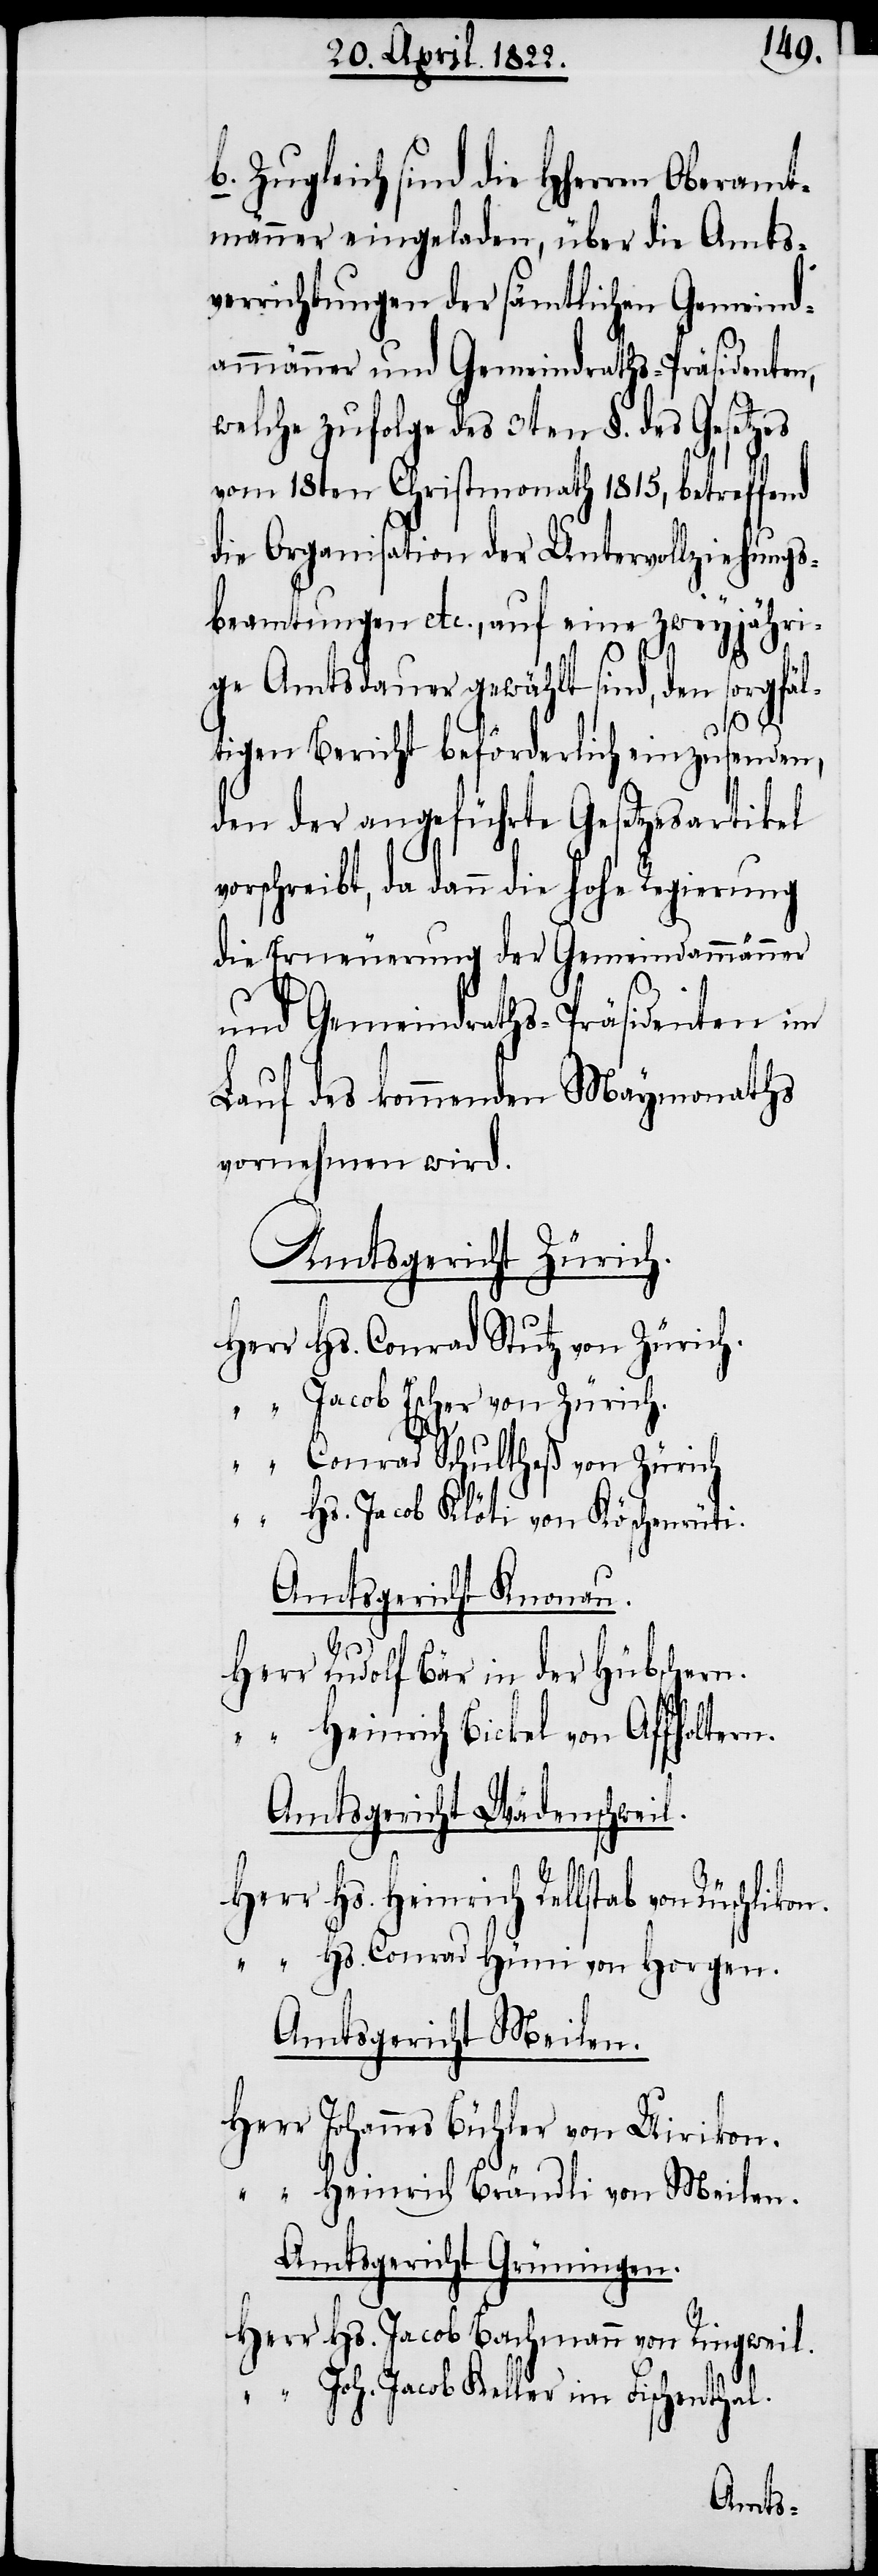
b. Zugleich sind die HHerren Oberamt¬
männer eingeladen, über die Amts¬
verrichtungen der sämtlichen Gemeind¬
ammänner und Gemeindraths-Präsidenten,
welche zufolge des 3ten §. des Gesetzes
vom 18ten Christmonath 1815, betreffend
die Organisation der Untervollziehungs¬
beamtungen etc., auf eine zweyjähri¬
ge Amtsdauer gewählt sind, den sorgfäl¬
tigen Bericht beförderlich einzusenden,
den der angeführte Gesetzesartikel
vorschreibt, da dann die hohe Regierung
die Erneuerung der Gemeindammänner
l.
und Gemeindraths-Präsidenten im
Lauf des kommenden Maymonaths
vornehmen wird.
Amtgericht Zürich.
Herr Hs. Conrad Stutz von Zürich.
“ Jacob Escher von Zürich.
“ Conrad Schultheß von Zürich.
“ Hs. Jacob Klöti von Köschenrüti.
Amtsgericht Knonau.
Herr Rudolf Bär in der Hübschern.
“ Heinrich Bickel von Affholtern.
Amtsgericht Wädenschwei¬
Herr Hs. Heinrich Rellstab von
“ Hs. Conrad Hüni von Horgen.
Amtsgericht Meilen.
Herr Johannes Bühler von Uirikon.
“ Heinrich Brändli von Meilen.
Amtsgericht Grüningen.
Herr Hs. Jacob Bachmann von Ringweil.
“ Joh. Jacob Keller im Fischenthal.